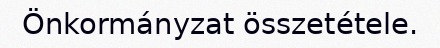
Önkormányzat összetétele.